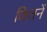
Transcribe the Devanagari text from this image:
कितनें